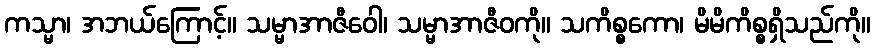
ကသ္မာ၊ အဘယ်ကြောင့်။ သမ္မာအာဇီဝေါ၊ သမ္မာအာဇီဝကို။ သကိစ္စကော၊ မိမိကိစ္စရှိသည်ကို။